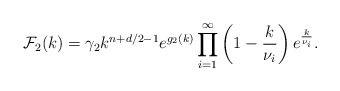
\begin{align*}{\cal F}_{2}(k)=\gamma_{2}k^{n+d/2-1}e^{g_{2}(k)}\prod_{i=1}^{\infty}\left(1-{k\over \nu_{i}}\right)e^{k \over \nu_{i}}.\end{align*}